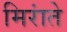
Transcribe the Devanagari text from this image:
मिरांते